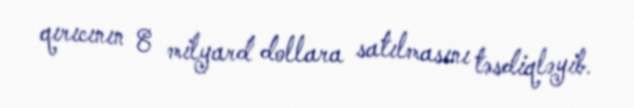
qırıcının 8 milyard dollara satılmasını təsdiqləyib.